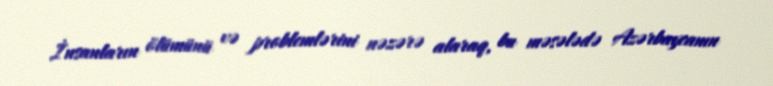
İnsanların ölümünü və problemlərini nəzərə alaraq, bu məsələdə Azərbaycanın